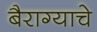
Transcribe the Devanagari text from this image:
बैराग्याचे